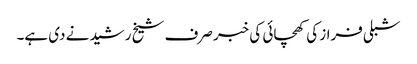
شبلی فراز کی کھچائی کی خبر صرف شیخ رشید نے دی ہے۔